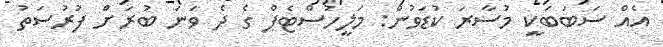
އެއް ސަބަބަކީ މުސާރަ ކުޑަވުން: މަލީހުސްޓެޕް ގެ ދެ ވަނަ ބުރަށް ފުރުސަތު